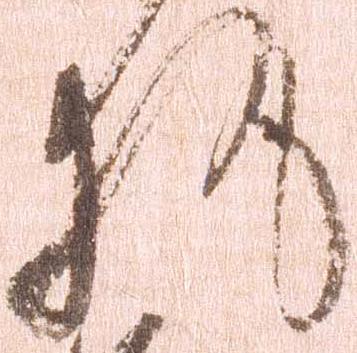
執